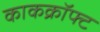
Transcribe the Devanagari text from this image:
काकक्रॉफ्ट